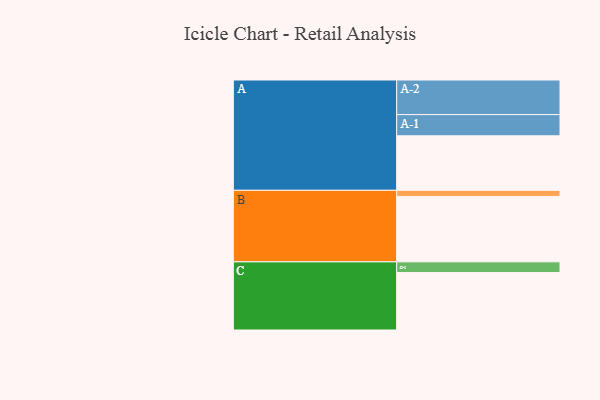
{"axis": {"x": "Segment", "y": "Value"}, "legend": ["", "A", "B", "C"], "data": [{"x": "A", "y": 468, "type": ""}, {"x": "B", "y": 562, "type": ""}, {"x": "C", "y": 493, "type": ""}, {"x": "A-1", "y": 182, "type": "A"}, {"x": "A-2", "y": 297, "type": "A"}, {"x": "B-1", "y": 52, "type": "B"}, {"x": "C-1", "y": 92, "type": "C"}]}